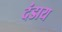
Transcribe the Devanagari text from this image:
दंडाय